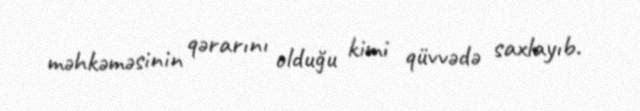
məhkəməsinin qərarını olduğu kimi qüvvədə saxlayıb.